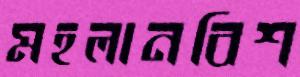
মহলানবিশ